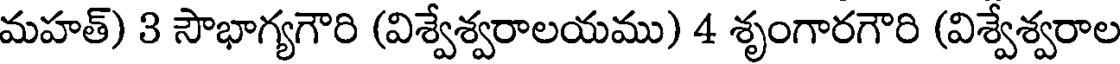
మహత్) 3 సౌభాగ్యగౌరి (విశ్వేశ్వరాలయము) 4 శృంగారగౌరి (విశ్వేశ్వరాల